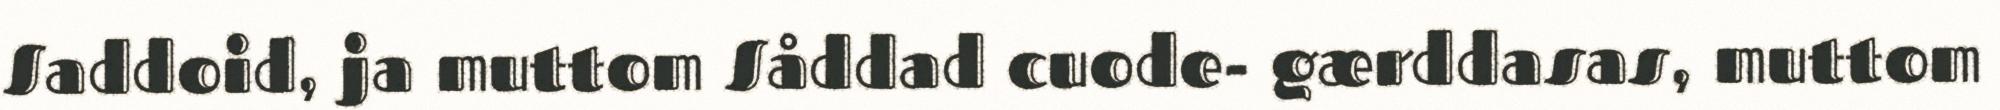
Saddoid, ja muttom Såddad cuode- gærddasas, muttom